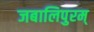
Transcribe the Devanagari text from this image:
जबालिपुरम्